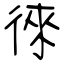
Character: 徠